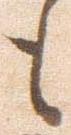
も